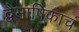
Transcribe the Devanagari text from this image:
द्वैभाषिकाचं